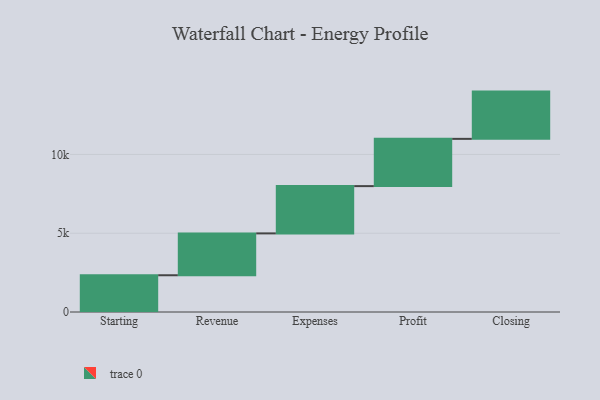
{"axis": {"x": "Step", "y": "Value"}, "legend": [""], "data": [{"x": "Starting", "y": 2333.0, "type": ""}, {"x": "Revenue", "y": 2657.0, "type": ""}, {"x": "Expenses", "y": 3000, "type": ""}, {"x": "Profit", "y": 3000, "type": ""}, {"x": "Closing", "y": 3000, "type": ""}]}